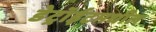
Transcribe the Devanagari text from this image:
डेट्रॉईटमधील